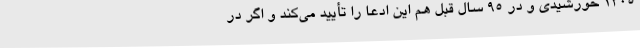
1305 خورشیدی و در 95 سال قبل هم این ادعا را تأیید می‌کند و اگر در